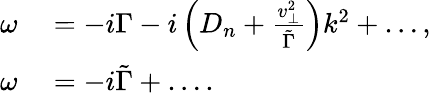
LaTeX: \begin{array}{rl}{\omega}&{{}=-i\Gamma-i\left(D_{n}+\frac{v_{\perp}^{2}}{\tilde{\Gamma}}\right)k^{2}+\ldots,}\\ {\omega}&{{}=-i\tilde{\Gamma}+\ldots.}\end{array}